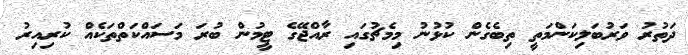
ދަތުރު ވަރުބަލިކަންމަތީ ތިބެގެން ކުޅުނު މިމެޗުގައި ރާއްޖޭގެ ޓީމުން ބުރަ މަސައްކަތްތަކެއް ކުރިއިރު